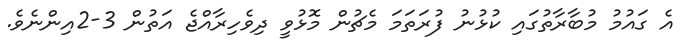
އެ ގައުމު މުބާރާތުގައި ކުޅުނު ފުރަތަމަ މެޗުން މޮޅުވީ ދިވެހިރާއްޖެ އަތުން 3-2އިންނެވެ.